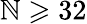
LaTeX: \mathbb{N}\geqslant32